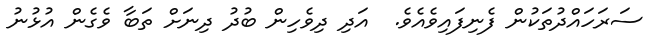
ސަރަހައްދުތަކުން ފެނިފައިވެއެވެ.  އަދި ދިވެހިން ބުދު ދިނަށް ތަބާ ވެގެން އުޅުނު